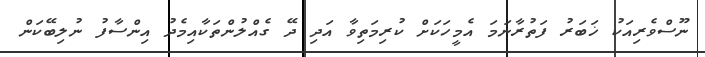
ނޫސްވެރިއަކު ޚަބަރު ފަތުރާނަމަ އެމީހަކަށް ކުރިމަތިވާ އަދި ދޭ ގެއްލުންތަކާއިމެދު އިންސާފު ނުލިބޭކަން